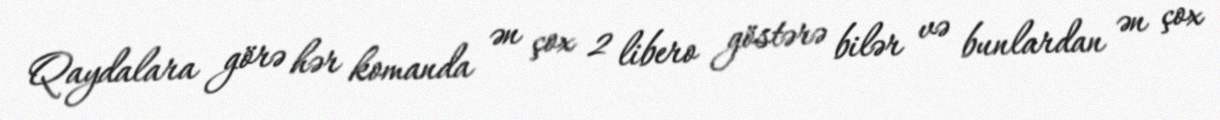
Qaydalara görə hər komanda ən çox 2 libero göstərə bilər və bunlardan ən çox